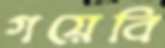
গয়েবি